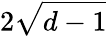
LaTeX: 2{\sqrt{d-1}}